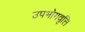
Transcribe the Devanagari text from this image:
उपभोगवृत्ति